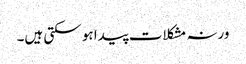
ورنہ مشکلات پیدا ہو سکتی ہیں۔